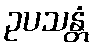
ဥပသန္တံ